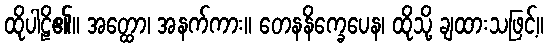
ထိုပါဠိ၏။ အတ္ထော၊ အနက်ကား။ တေနနိက္ခေပေန၊ ထိုသို့ ချထားသဖြင့်။